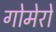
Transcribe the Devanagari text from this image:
गोमेरो